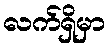
လက်ရှိမှာ